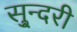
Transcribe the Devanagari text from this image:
सु्न्दरी